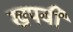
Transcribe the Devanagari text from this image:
खपवी